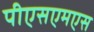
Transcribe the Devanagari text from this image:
पीएसएमएस